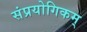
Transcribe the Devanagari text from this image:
संप्रयोगिकम्